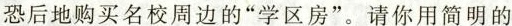
恐后地购买名校周边的“学区房”。请你用简明的